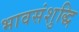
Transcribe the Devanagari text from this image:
भावसंशुद्धि